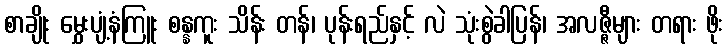
စာချိုး မွှေးပျံ့နံကြူး စန္နကူး သိန်း တန်၊ ပုန်းရည်နှင့် လဲ သုံးစွဲခါပြန်၊ အလဇ္ဇီများ တရား ဖိုး